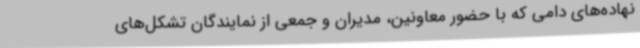
نهاده‌های دامی که با حضور معاونین، مدیران و جمعی از نمایندگان تشکل‌های